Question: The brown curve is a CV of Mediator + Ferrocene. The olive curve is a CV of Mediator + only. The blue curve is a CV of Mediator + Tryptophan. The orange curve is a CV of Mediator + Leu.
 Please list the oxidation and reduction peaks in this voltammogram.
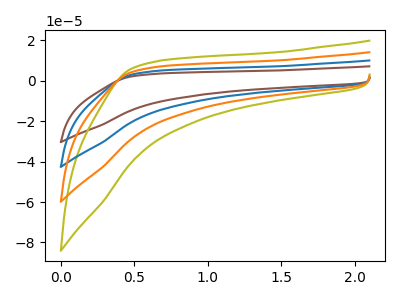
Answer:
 <answer>The brown curve "Mediator + Ferrocene" has no peaks. The olive curve "Mediator + only" has no peaks. The blue curve "Mediator + Tryptophan" has no peaks. The orange curve "Mediator + Leu" has no peaks.</answer>
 <eval></eval>